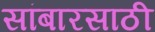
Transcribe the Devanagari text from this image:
सांबारसाठी